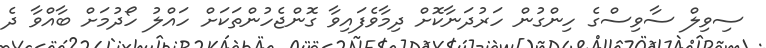
ސިވިލް ސާވިސްގެ ހިންގުން ހަރުދަނާކޮށް ދިމާވެފައިވާ ގޮންޖެހުންތަކަށް ހައްލު ހޯދުމަށް ބާއްވާ ދެ